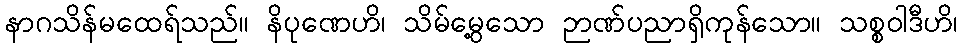
နာဂသိန်မထေရ်သည်။ နိပုဏေဟိ၊ သိမ်မွေ့သော ဉာဏ်ပညာရှိကုန်သော။ သစ္စဝါဒီဟိ၊